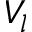
V _ { l }